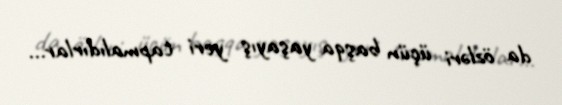
da özləri üçün başqa yaşayış yeri tapmalıdırlar...